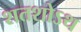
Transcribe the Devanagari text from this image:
शतशोऽथ